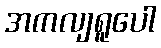
အကလျရူပေါ